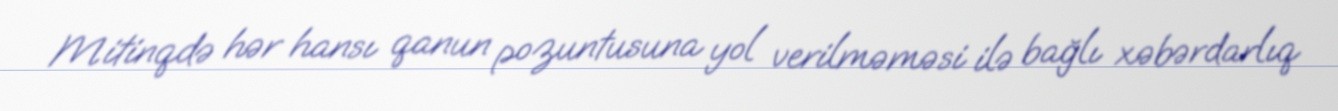
Mitinqdə hər hansı qanun pozuntusuna yol verilməməsi ilə bağlı xəbərdarlıq